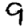
Digit: 9